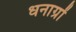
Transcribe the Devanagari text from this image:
धनाग्रों